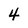
Character: 4